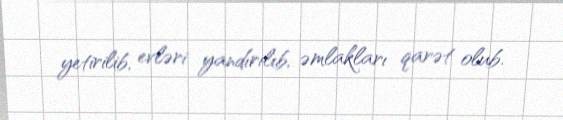
yetirilib, evləri yandırılıb, əmlakları qarət olub.